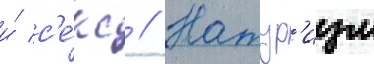
и́ с'е́кс // Натур'изм